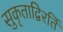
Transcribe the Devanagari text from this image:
सुकृताद्विरतिं